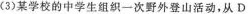
(3)某学校的中学生组织一次野外登山活动，从D